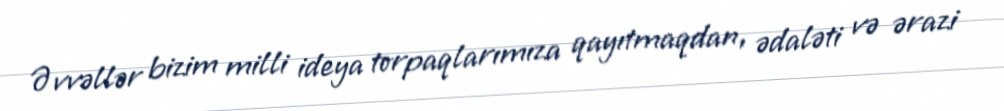
Əvvəllər bizim milli ideya torpaqlarımıza qayıtmaqdan, ədaləti və ərazi